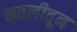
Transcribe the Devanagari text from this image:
कतलीतून